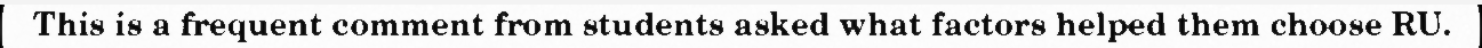
This is a frequent comment from students asked what factors helped them choose RU.